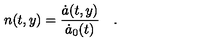
n ( t , y ) = { \frac { \dot { a } ( t , y ) } { \dot { a } _ { 0 } ( t ) } } \quad .